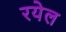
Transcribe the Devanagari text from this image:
रयेल